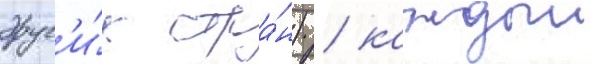
друг'и́х стра́н) / каждыи